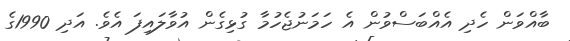
ބާއްވަން ހެދި އެއްބަސްވުން އެ ހަމަނުޖެހުމާ ގުޅިގެން އުވާލައިފަ އެވެ. އަދި 1990ގެ